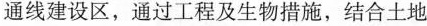
通线建设区，通过工程及生物措施，结合土地